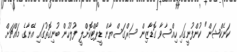
ކަނެކްޝަން" ކުންފުނީގައި ހިއްސާވާ ގޮޑާޒިން ސަރްގަސްޔާން ޑީޕޯޓްކޮށްލީ ފުލުހުން ބުނިގޮތުގައި އޭނާގެ މައްޗަށް